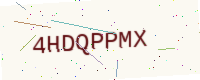
Text: 4HDQPPMX